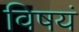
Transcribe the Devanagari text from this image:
विषयं